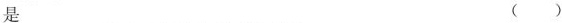
是 ( )